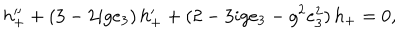
h _ { + } ^ { \prime \prime } + ( 3 - 2 i g e _ { 3 } ) \, h _ { + } ^ { \prime } + ( 2 - 3 i g e _ { 3 } - g ^ { 2 } e _ { 3 } ^ { 2 } ) \, h _ { + } = 0 ,